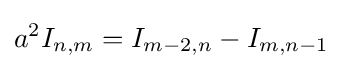
{a^{2}}I_{n,m}=I_{m-2,n}-I_{m,n-1}\,\!